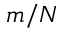
m / N